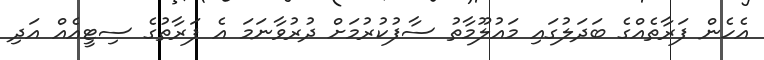
އެހެން ފަރާތެއްގެ ބަދަލުގައި މައުލޫމާތު ސާފުކުރުމަށް ދުރުވާނަމަ އެ ފަރާތުގެ ސިޓީއެއް އަދި